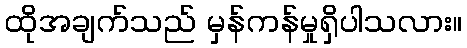
ထိုအချက်သည် မှန်ကန်မှုရှိပါသလား။